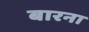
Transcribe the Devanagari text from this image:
बारना